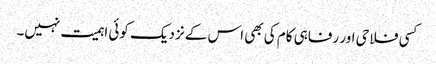
کسی فلاحی اور رفاہی کام کی بھی اس کے نزدیک کوئی اہمیت نہیں۔